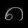
Digit: ၈